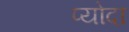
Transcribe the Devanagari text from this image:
प्योदा